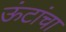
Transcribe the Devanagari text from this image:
ऊंटांचा